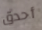
أحدق